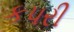
કપરી